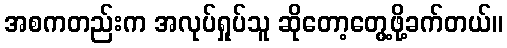
အစကတည်းက အလုပ်ရှုပ်သူ ဆိုတော့တွေ့ဖို့ခက်တယ်။